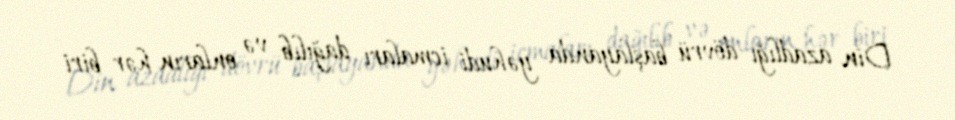
Din azadlığı dövrü başlayanda yəhudi icmaları dağılıb və onların hər biri